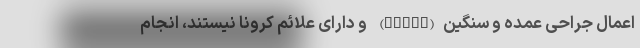
اعمال جراحی عمده و سنگین(Major) و دارای علائم کرونا نیستند، انجام